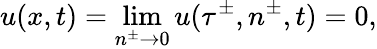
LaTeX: u(x,t)=\operatorname*{lim}_{n^{\pm}\to 0}u(\tau^{\pm},n^{\pm},t)=0,